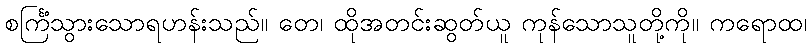
စင်္ကြံသွားသောရဟန်းသည်။ တေ၊ ထိုအတင်းဆွတ်ယူ ကုန်သောသူတို့ကို။ ကရောထ၊